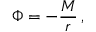
\Phi = - \frac { M } { r } \, ,